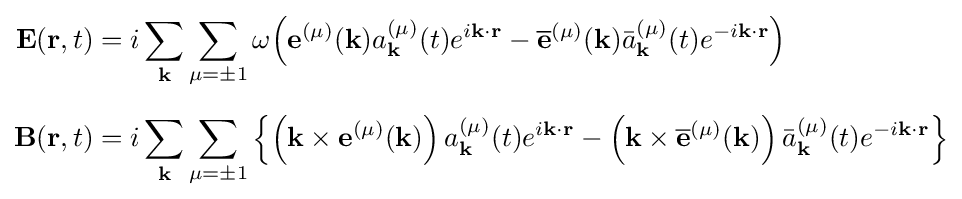
{\begin{aligned}\mathbf {E} (\mathbf {r} ,t)&=i\sum _{\mathbf {k} }{\sum _{\mu =\pm 1}\omega {\left({\mathbf {e} ^{(\mu )}}(\mathbf {k} )a_{\mathbf {k} }^{(\mu )}(t){e^{i\mathbf {k} \cdot \mathbf {r} }}-{{\overline {\mathbf {e} }}^{(\mu )}}(\mathbf {k} ){\bar {a}}_{\mathbf {k} }^{(\mu )}(t){{e}^{-i\mathbf {k} \cdot \mathbf {r} }}\right)}}\\[6pt]\mathbf {B} (\mathbf {r} ,t)&=i\sum _{\mathbf {k} }\sum _{\mu =\pm 1}\left\{\left(\mathbf {k} \times {{\mathbf {e} }^{(\mu )}}(\mathbf {k} )\right)a_{\mathbf {k} }^{(\mu )}(t)e^{i\mathbf {k} \cdot \mathbf {r} }-\left(\mathbf {k} \times {{\overline {\mathbf {e} }}^{(\mu )}}(\mathbf {k} )\right){\bar {a}}_{\mathbf {k} }^{(\mu )}(t){{e}^{-i\mathbf {k} \cdot \mathbf {r} }}\right\}\end{aligned}}